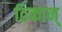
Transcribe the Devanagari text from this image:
ठिकान्